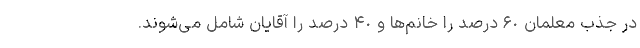
در جذب معلمان ۶٠ درصد را خانم‌ها و ۴٠ درصد را آقایان شامل می‌شوند.